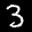
Label: 3